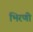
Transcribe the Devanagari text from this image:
भिरणी